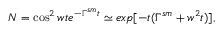
N = \cos ^ { 2 } w t e ^ { - \Gamma ^ { s m } t } \simeq e x p [ - t ( \Gamma ^ { s m } + w ^ { 2 } t ) ] ,